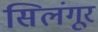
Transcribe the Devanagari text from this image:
सिलंगूर